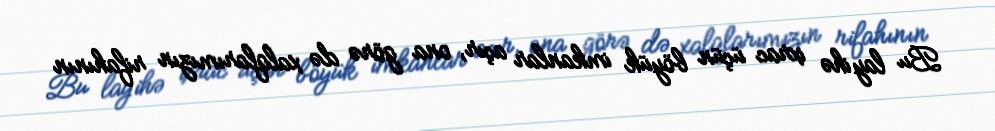
Bu layihə ixrac üçün böyük imkanlar açır, ona görə də xalqlarımızın rifahının